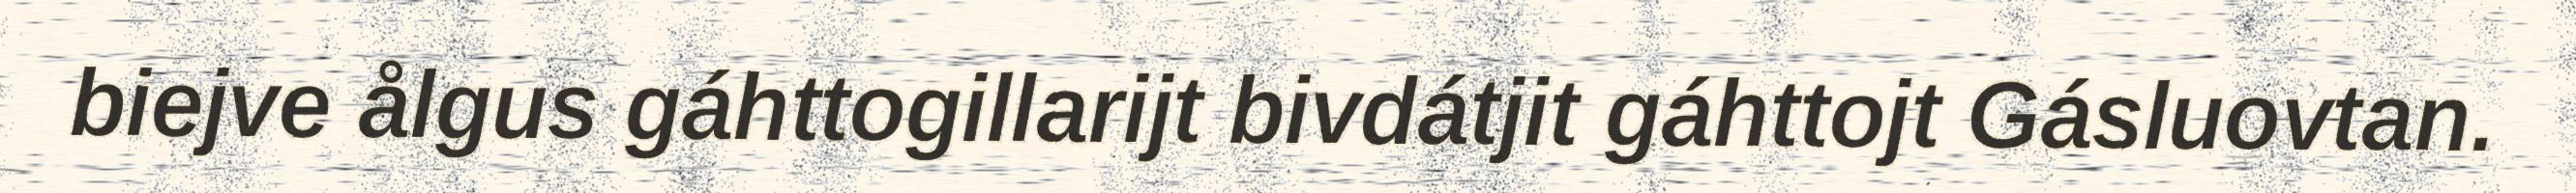
biejve ålgus gáhttogillarijt bivdátjit gáhttojt Gásluovtan.